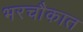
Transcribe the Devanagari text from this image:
भरचौकात